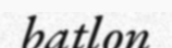
batlon